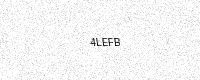
Text: 4LEFB